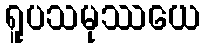
ရူပသမုဿယေ